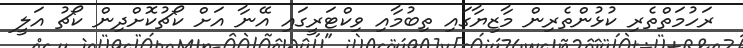
ރަހުމަތްތެރި ކުޅުންތެރިން މާޒިޔާގައި ތިބުމާއި ވިކްޓަރީގައި އޭނާ އަށް ކޯޗުކޮށްދިން ކޯޗު އަލީ